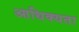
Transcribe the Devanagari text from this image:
आधिक्यता